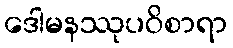
ဒေါမနဿုပဝိစာရာ